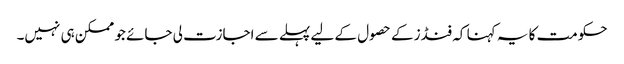
حکومت کا یہ کہنا کہ فنڈز کے حصول کے لیے پہلے سے اجازت لی جائے جو ممکن ہی نہیں۔